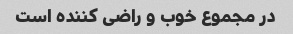
در مجموع خوب و راضی کننده است